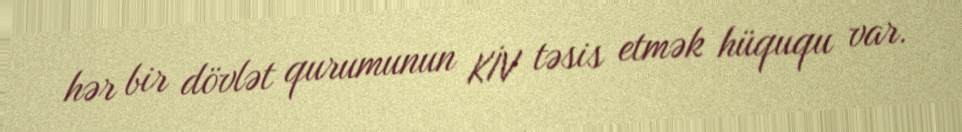
hər bir dövlət qurumunun KİV təsis etmək hüququ var.